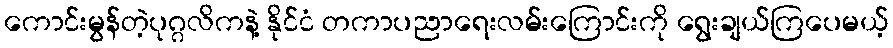
ကောင်းမွန်တဲ့ပုဂ္ဂလိကနဲ့ နိုင်ငံ တကာပညာရေးလမ်းကြောင်းကို ရွေးချယ်ကြပေမယ့်